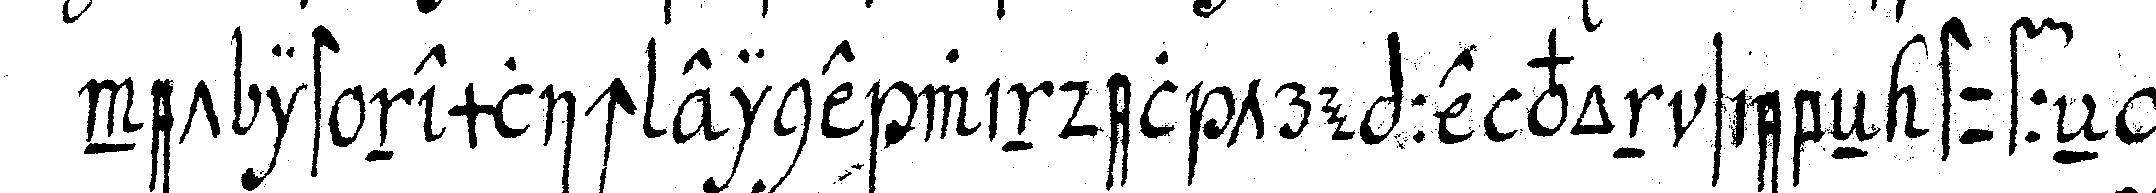
net ist nemlich eine windel treppe von siebeN stuffeN